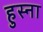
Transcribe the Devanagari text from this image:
हुस्ना